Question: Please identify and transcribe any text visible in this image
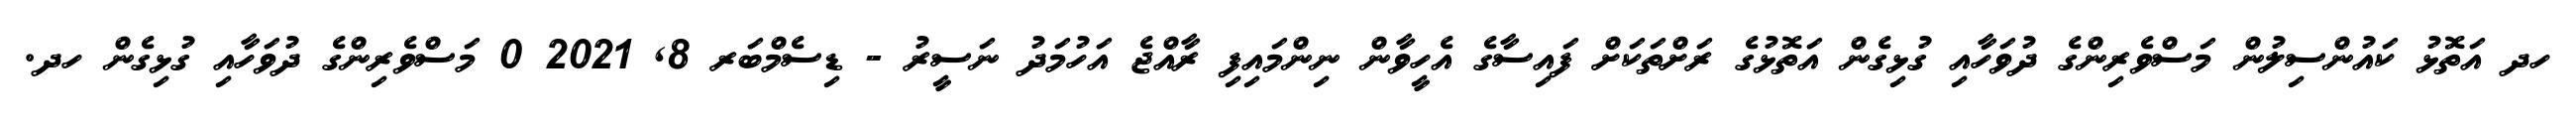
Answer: ހދ އަތޮޅު ކައުންސިލުން މަސްވެރިންގެ ދުވަހާއި ގުޅިގެން އަތޮޅުގެ ރަށްތަކަށް ފައިސާގެ އެހީވާން ނިންމައިފި ރާއްޖެ އަހުމަދު ނަސީރު - ޑިސެމްބަރ 8, 2021 0 މަސްވެރިންގެ ދުވަހާއި ގުޅިގެން ހދ.